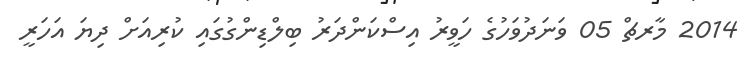
2014 މާރޗް 05 ވަނަދުވަހުގެ ހަވީރު އިސްކަންދަރު ބިލްޑިންގުގައި ކުރިއަށް ދިޔަ އަހަރީ